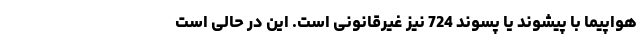
هواپیما با پیشوند یا پسوند 724 نیز غیرقانونی است. این در حالی است